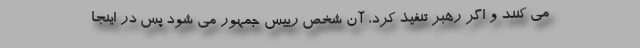
می کنند و اگر رهبر تنفیذ کرد، آن شخص رییس جمهور می شود پس در اینجا